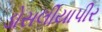
ડોસલીયાપીર